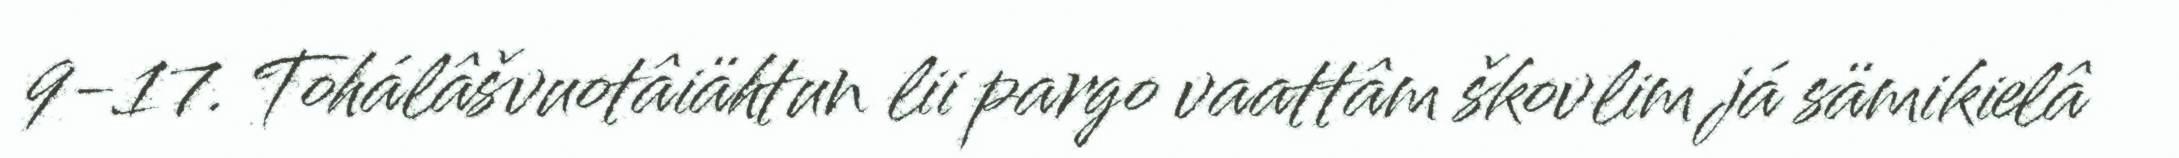
9-17. Tohálâšvuotâiähtun lii pargo vaattâm škovlim já sämikielâ